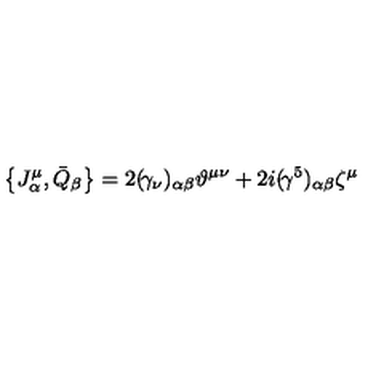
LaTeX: \left\{ J _ { \alpha } ^ { \mu } , \bar { Q } _ { \beta } \right\} = 2 ( \! \gamma _ { \nu } ) _ { \alpha \beta } \vartheta ^ { \mu \nu } + 2 i ( \! \gamma ^ { 5 } ) _ { \alpha \beta } \zeta ^ { \mu }